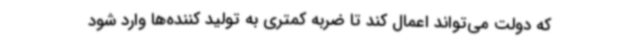
که دولت می‌تواند اعمال کند تا ضربه کمتری به تولید کننده‌ها وارد شود